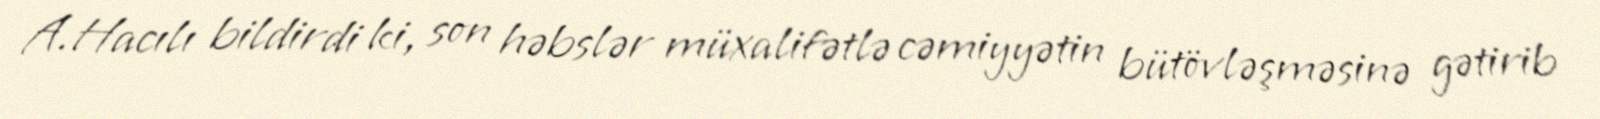
A.Hacılı bildirdi ki, son həbslər müxalifətlə cəmiyyətin bütövləşməsinə gətirib